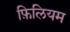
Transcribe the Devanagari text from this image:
फ़िलियम